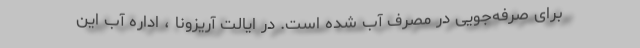
برای صرفه‌جویی در مصرف آب شده است. در ایالت آریزونا ، اداره آب این